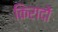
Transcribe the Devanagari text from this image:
किरादों